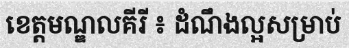
ខេត្តមណ្ឌលគីរី ៖ ដំណឹងល្អសម្រាប់